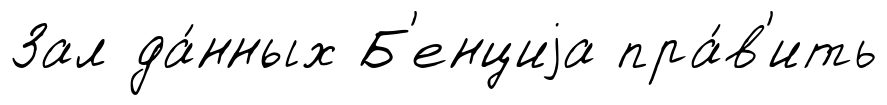
Зал да́нных Б'енциjа пра́в'ить